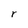
Character: r